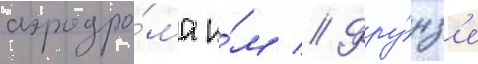
аэродро́ма и́м // Фру́нз'е